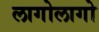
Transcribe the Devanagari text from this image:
लागोलागो